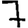
Digit: 7